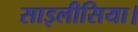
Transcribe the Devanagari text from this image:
साइलीसिया।